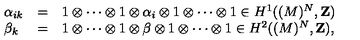
\begin{array} { l l l } { \alpha _ { i k } } & { = } & { 1 \otimes \cdots \otimes 1 \otimes \alpha _ { i } \otimes 1 \otimes \cdots \otimes 1 \in H ^ { 1 } ( ( M ) ^ { N } , { \bf { Z } } ) } \\ { \beta _ { k } } & { = } & { 1 \otimes \cdots \otimes 1 \otimes \beta \otimes 1 \otimes \cdots \otimes 1 \in H ^ { 2 } ( ( M ) ^ { N } , { \bf { Z } } ) , } \\ \end{array}